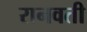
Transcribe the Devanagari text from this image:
रानवती